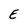
Character: E